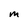
Character: M